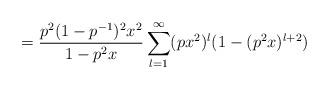
LaTeX: \begin{align*} = \frac{p^2(1-p^{-1})^2x^2}{1-p^2x} \sum_{l=1}^{\infty} (px^2)^l(1-(p^2x)^{l+2}) \end{align*}